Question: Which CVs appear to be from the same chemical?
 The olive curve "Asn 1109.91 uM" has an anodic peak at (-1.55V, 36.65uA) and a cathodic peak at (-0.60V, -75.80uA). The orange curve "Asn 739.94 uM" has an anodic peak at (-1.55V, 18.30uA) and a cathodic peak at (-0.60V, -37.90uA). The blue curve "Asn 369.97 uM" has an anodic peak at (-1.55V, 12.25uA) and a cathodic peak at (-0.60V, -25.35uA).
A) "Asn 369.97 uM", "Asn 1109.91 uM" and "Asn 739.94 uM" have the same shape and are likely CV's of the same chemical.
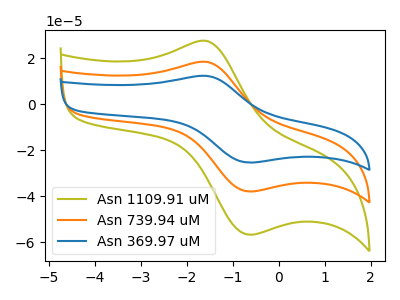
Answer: <think>All the peaks in "Asn 1109.91 uM" have a peak in "Asn 739.94 uM" at the same potential. Every peak in "Asn 1109.91 uM" is higher than every peak in "Asn 739.94 uM". All the peaks in "Asn 1109.91 uM" have a peak in "Asn 369.97 uM" at the same potential. Every peak in "Asn 1109.91 uM" is higher than every peak in "Asn 369.97 uM". All the peaks in "Asn 739.94 uM" have a peak in "Asn 369.97 uM" at the same potential. Every peak in "Asn 739.94 uM" is higher than every peak in "Asn 369.97 uM".
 </think>
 <answer>A) "Asn 369.97 uM", "Asn 1109.91 uM" and "Asn 739.94 uM" have the same shape and are likely CV's of the same chemical.</answer>
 <eval>A</eval>